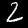
Label: 2